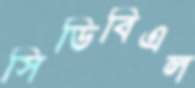
সিডিবিএল